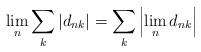
LaTeX: \begin{align*} \lim_{n} \sum\limits_{k}\left|d_{nk}\right| = \sum\limits_{k}\left|\lim_{n}d_{nk}\right| \end{align*}